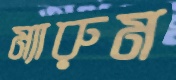
ম্যারুম